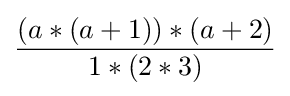
{\frac {(a*(a+1))*(a+2)}{1*(2*3)}}